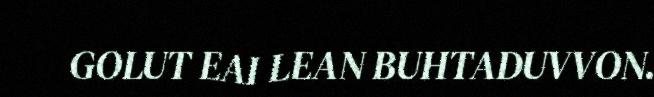
GOLUT EAI LEAN BUHTADUVVON.